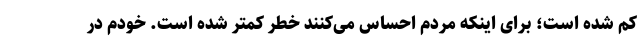
کم شده است؛ برای اینکه مردم احساس می‌کنند خطر کمتر شده است. خودم در